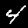
Digit: 4